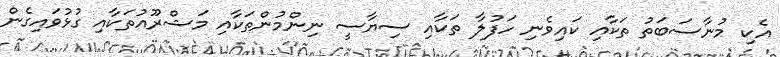
އެކި މުނާސަބަތު ތަކާއި ކައިވެނި ހަފުލާ ތަކާއި ސިޔާސީ ނިންމުންތަކާއި މަޝްރޫއުތަކާއި ގުޅުވައިގެން